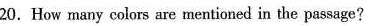
20.How many colors are mentioned in the passage?